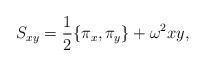
LaTeX: \begin{align*}S_{xy} =\frac{1}{2} \{ \pi_x, \pi_y \} + \omega^2 xy,\end{align*}